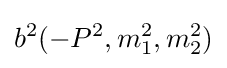
b^{2}(-P^{2},m_{1}^{2},m_{2}^{2})